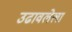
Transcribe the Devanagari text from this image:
उढावलेला